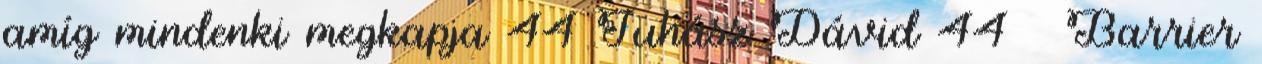
amíg mindenki megkapja 44 Juhász Dávid 44 Barrier